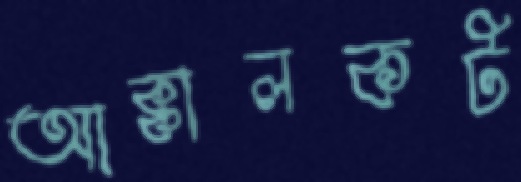
আক্কালকট